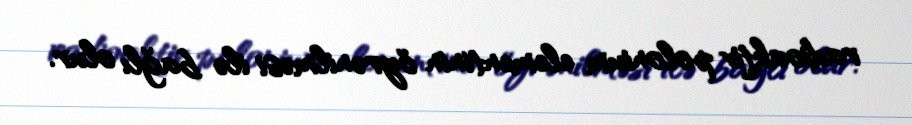
radioaktiv polonium elementinin öyrənilməsi ilə bağlı olur.